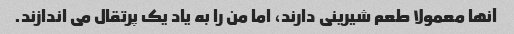
آنها معمولا طعم شیرینی دارند، اما من را به یاد یک پرتقال می اندازند.